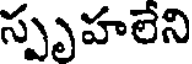
స్పృహలేని